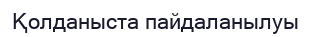
Қолданыста пайдаланылуы